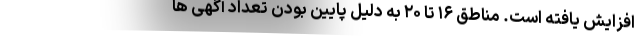
افزایش یافته است. مناطق ۱۶ تا ۲۰ به دلیل پایین بودن تعداد آگهی ها